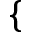
\{